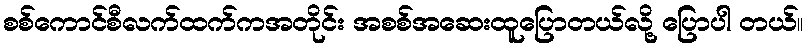
စစ်ကောင်စီလက်ထက်ကအတိုင်း အစစ်အဆေးထူပြောတယ်လို့ ပြောပါ တယ်။